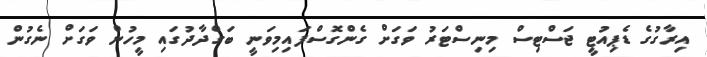
އިރާގުގެ ޑެޕިއުޓީ ޖަސްޓިސް މިނިސްޓަރު ވަގަށް ގެންގޮސްފައިމިވަނީ ބަގްދާދުގައި މީހުން ވަގަށް ނެގުން